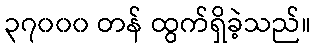
၃၇၀၀၀ တန် ထွက်ရှိခဲ့သည်။